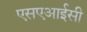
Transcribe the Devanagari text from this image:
एसएआईसी